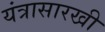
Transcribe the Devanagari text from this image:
यंत्रासारखी